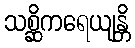
သစ္ဆိကရေယျန္တိ